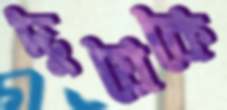
দুয়েকে